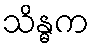
သိန္ဓက